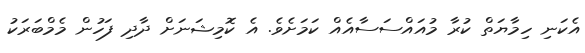
އެކަނި ހިމާޔަތް ކުރާ މުއައްސަސާއެއް ކަމަށެވެ. އެ ކޮމިޝަނަށް ދާދި ފަހުން މެމްބަރަކު